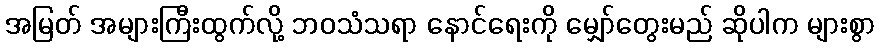
အမြတ် အများကြီးထွက်လို့ ဘဝသံသရာ နောင်ရေးကို မျှော်တွေးမည် ဆိုပါက များစွာ